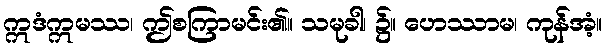
ဣဒံဣမဿ၊ ဤစကြာမင်း၏။ သမုခါ၊ ၌။ ဟေဿာမ၊ ကုန်အံ့။